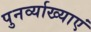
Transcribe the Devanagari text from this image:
पुनर्व्याख्याएं